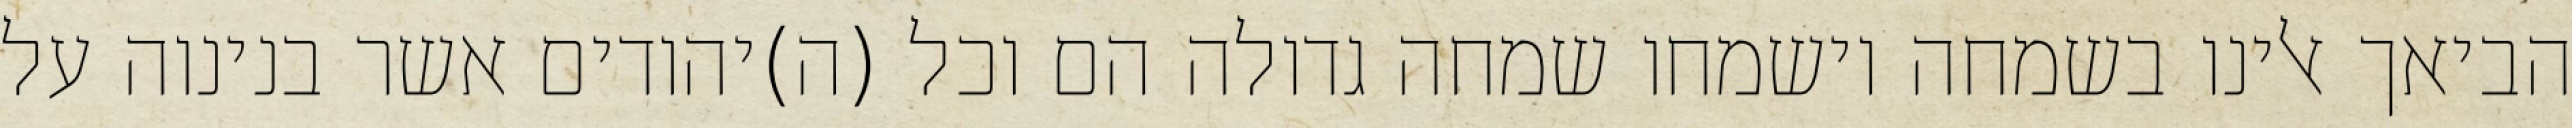
הביאך אלינו בשמחה וישמחו שמחה גדולה הם וכל (ה)יהודים אשר בנינוה על